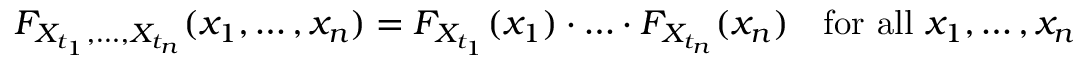
F _ { X _ { t _ { 1 } } , \ldots , X _ { t _ { n } } } ( x _ { 1 } , \ldots , x _ { n } ) = F _ { X _ { t _ { 1 } } } ( x _ { 1 } ) \cdot \ldots \cdot F _ { X _ { t _ { n } } } ( x _ { n } ) \quad { \mathrm { f o r ~ a l l ~ } } x _ { 1 } , \ldots , x _ { n }